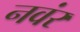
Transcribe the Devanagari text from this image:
नवंर